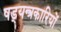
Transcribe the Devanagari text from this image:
षड्‍यन्त्रकारियों